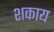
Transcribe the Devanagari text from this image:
शकाय